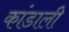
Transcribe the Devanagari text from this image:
कांडाली